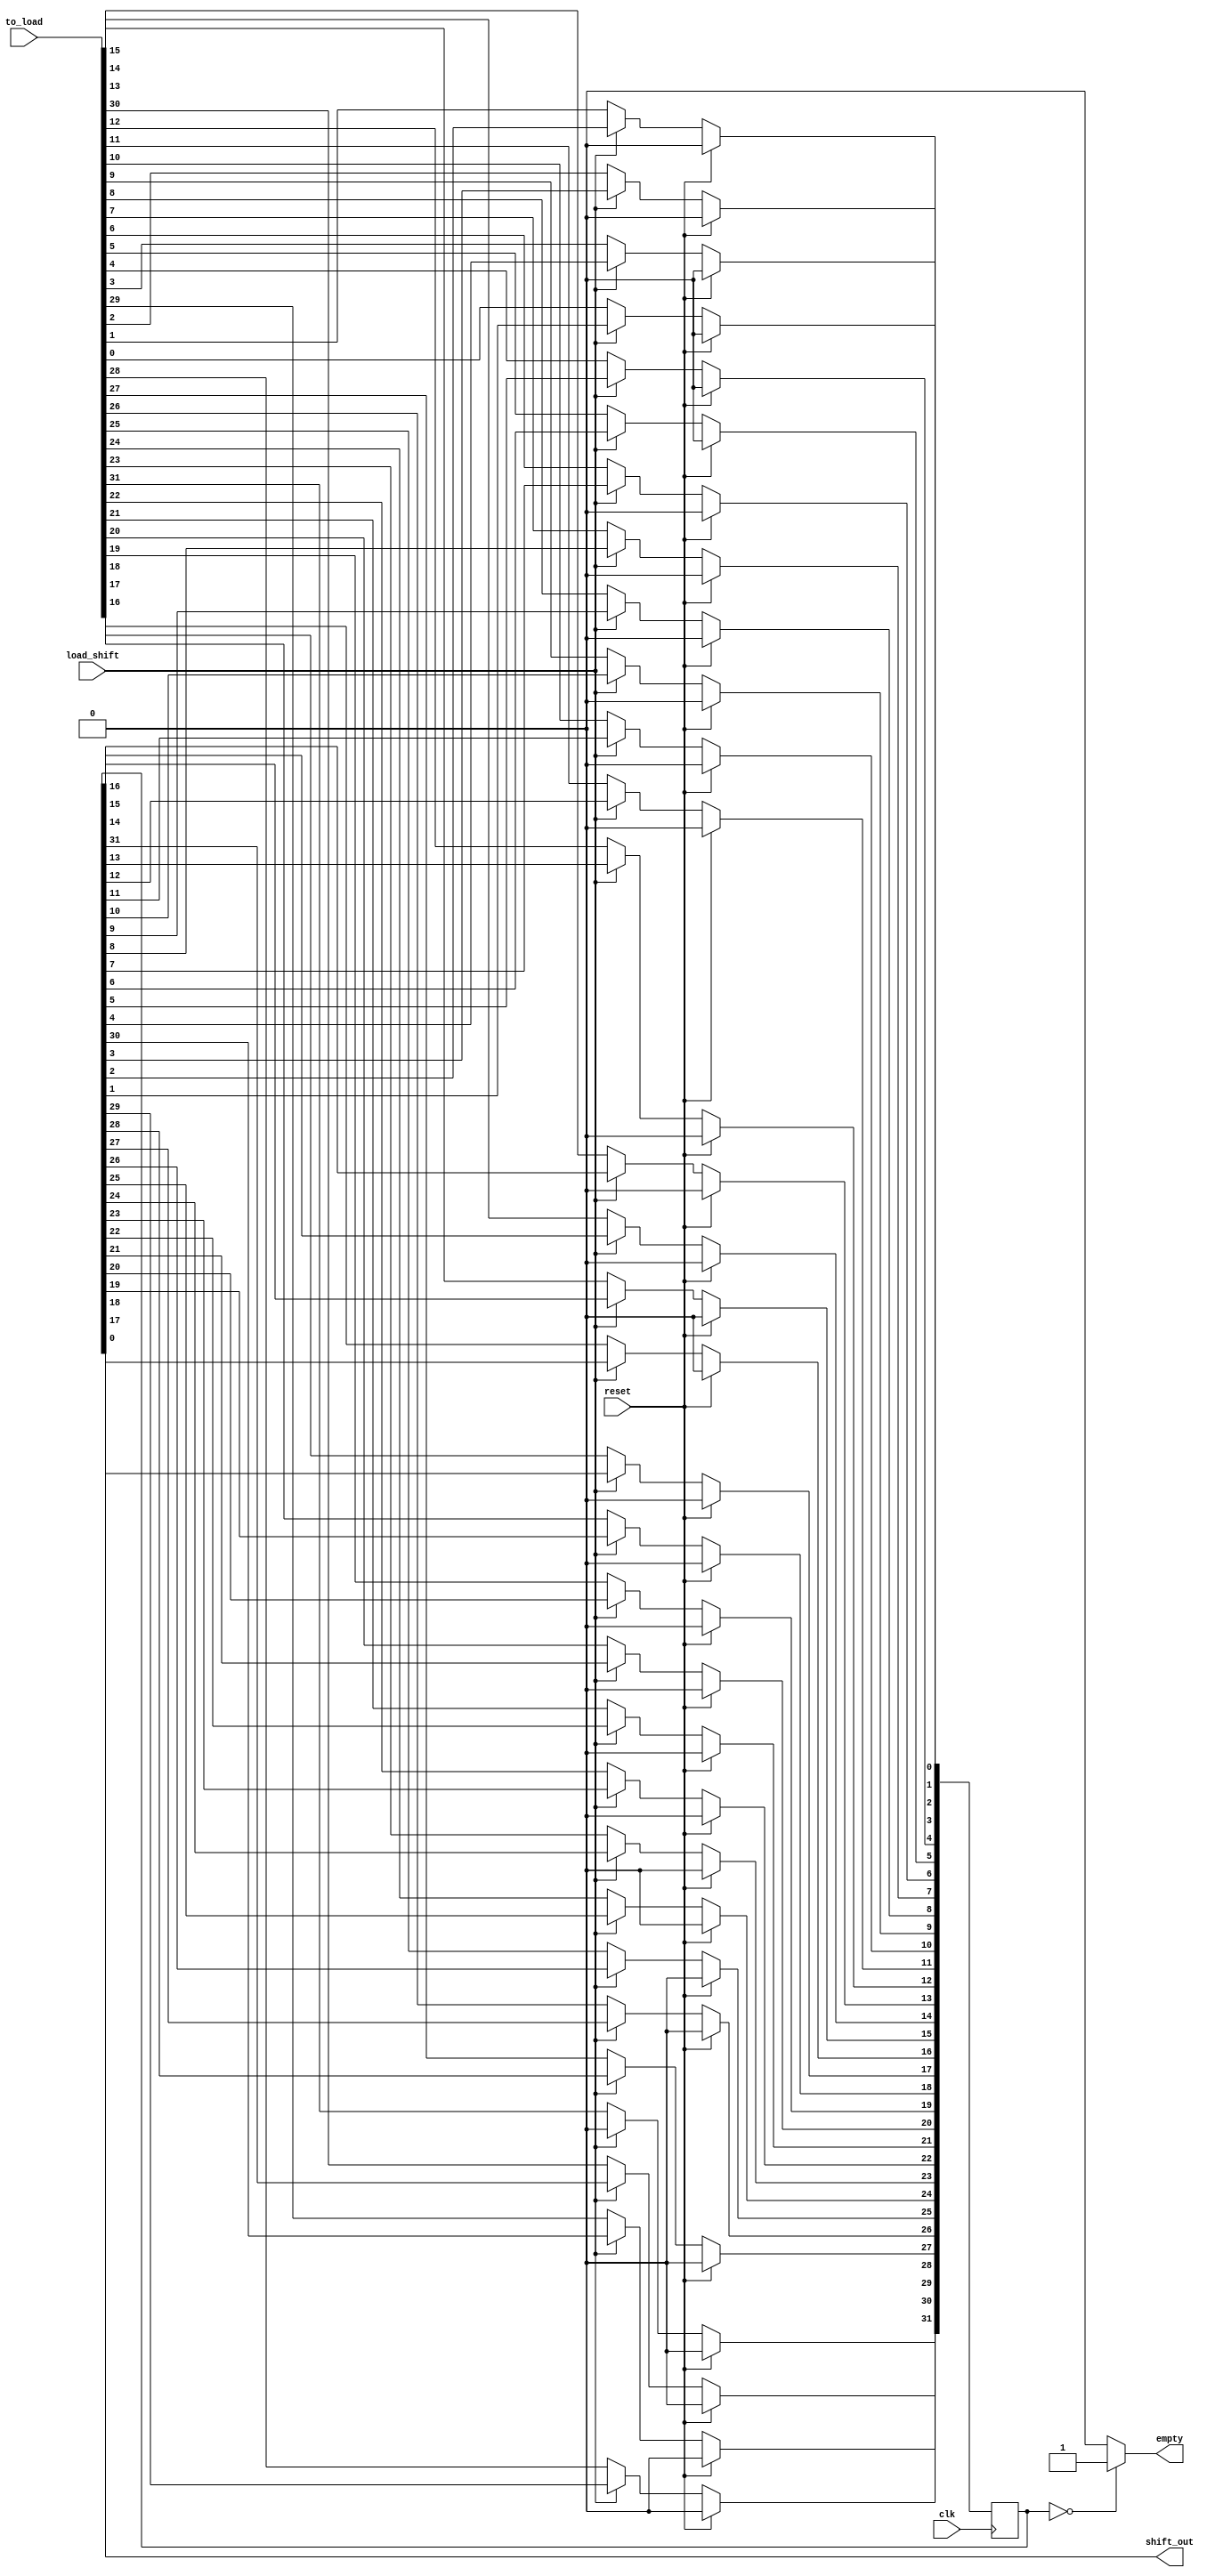
module shift_reg_right(
    input clk,
    input reset,
    input load_shift, //0 for loading, 1 for shifting
    input [WIDTH-1:0] to_load,
    output shift_out,
    output empty //true when reg holds only 0's
);
    parameter WIDTH = 32;
    
    reg [WIDTH-1:0] register;
    integer i;
    
    always@(posedge clk) begin
    
        if(reset) begin
            register <= 0;
        end
        else if(load_shift) begin : shifting           
            for(i = 0; i < WIDTH-1; i=i+1)
                register[i] <= register[i+1];
            register[WIDTH-1] <= 0; //shift in 0's            
        end
        else begin : loading
            register <= to_load;
        end       
    end
        
    assign shift_out = register[0];
    assign empty = (register==0) ? 1 : 0;
        
endmodule